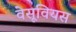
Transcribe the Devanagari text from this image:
वेसूवियस